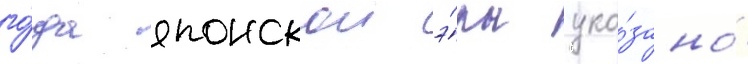
го́да японскои э́ры ука́зано